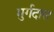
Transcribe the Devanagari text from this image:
मुर्गदास